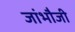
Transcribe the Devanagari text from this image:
जांभौजी